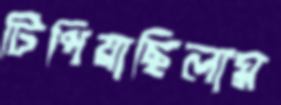
টিপিয়াছিলাম